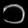
Digit: ၁